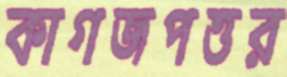
কাগজপত্তর